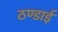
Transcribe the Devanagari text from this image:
ठण्डाई